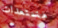
مستعدات